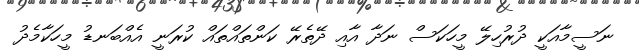
ނަސީމާއަކީ ދުރުހިލޭ މީހަކަސް ނަދާ އާއި ދޭތެރޭ ކަންތައްތައް ކުރަނީ އެއްބަނޑު މީހަކާމެދު